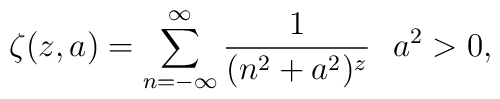
\zeta(z,a)=\sum_{n=-\infty}^{\infty}\frac{1}{(n^{2}+a^{2})^{z}}\,\,\,\,  a^{2}>0,